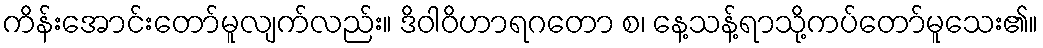
ကိန်းအောင်းတော်မူလျက်လည်း။ ဒိဝါဝိဟာရဂတော စ၊ နေ့သန့်ရာသို့ကပ်တော်မူသေး၏။